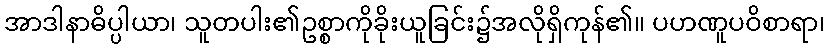
အာဒါနာဓိပ္ပါယာ၊ သူတပါး၏ဥစ္စာကိုခိုးယူခြင်း၌အလိုရှိကုန်၏။ ပဟဏူပဝိစာရာ၊